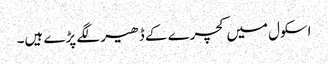
اسکول میں کچرے کے ڈھیر لگے پڑے ہیں۔